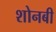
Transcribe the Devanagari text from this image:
शोनबी